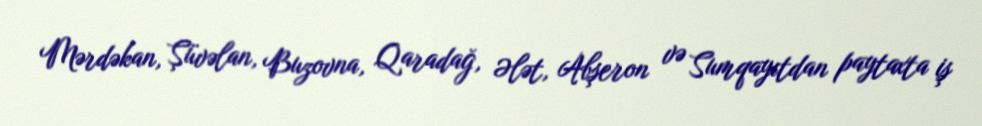
Mərdəkan, Şüvəlan, Buzovna, Qaradağ, Ələt, Abşeron və Sumqayıtdan paytaxta iş